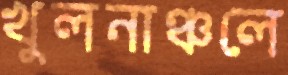
খুলনাঞ্চলে